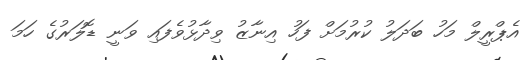
އެޕްރީލް މަހު ބަދަލު ކުރުމަށް ފަހު އިނާޒު ވިދާޅުވެފައި ވަނީ ޑޮލަރުގެ ހަމަ